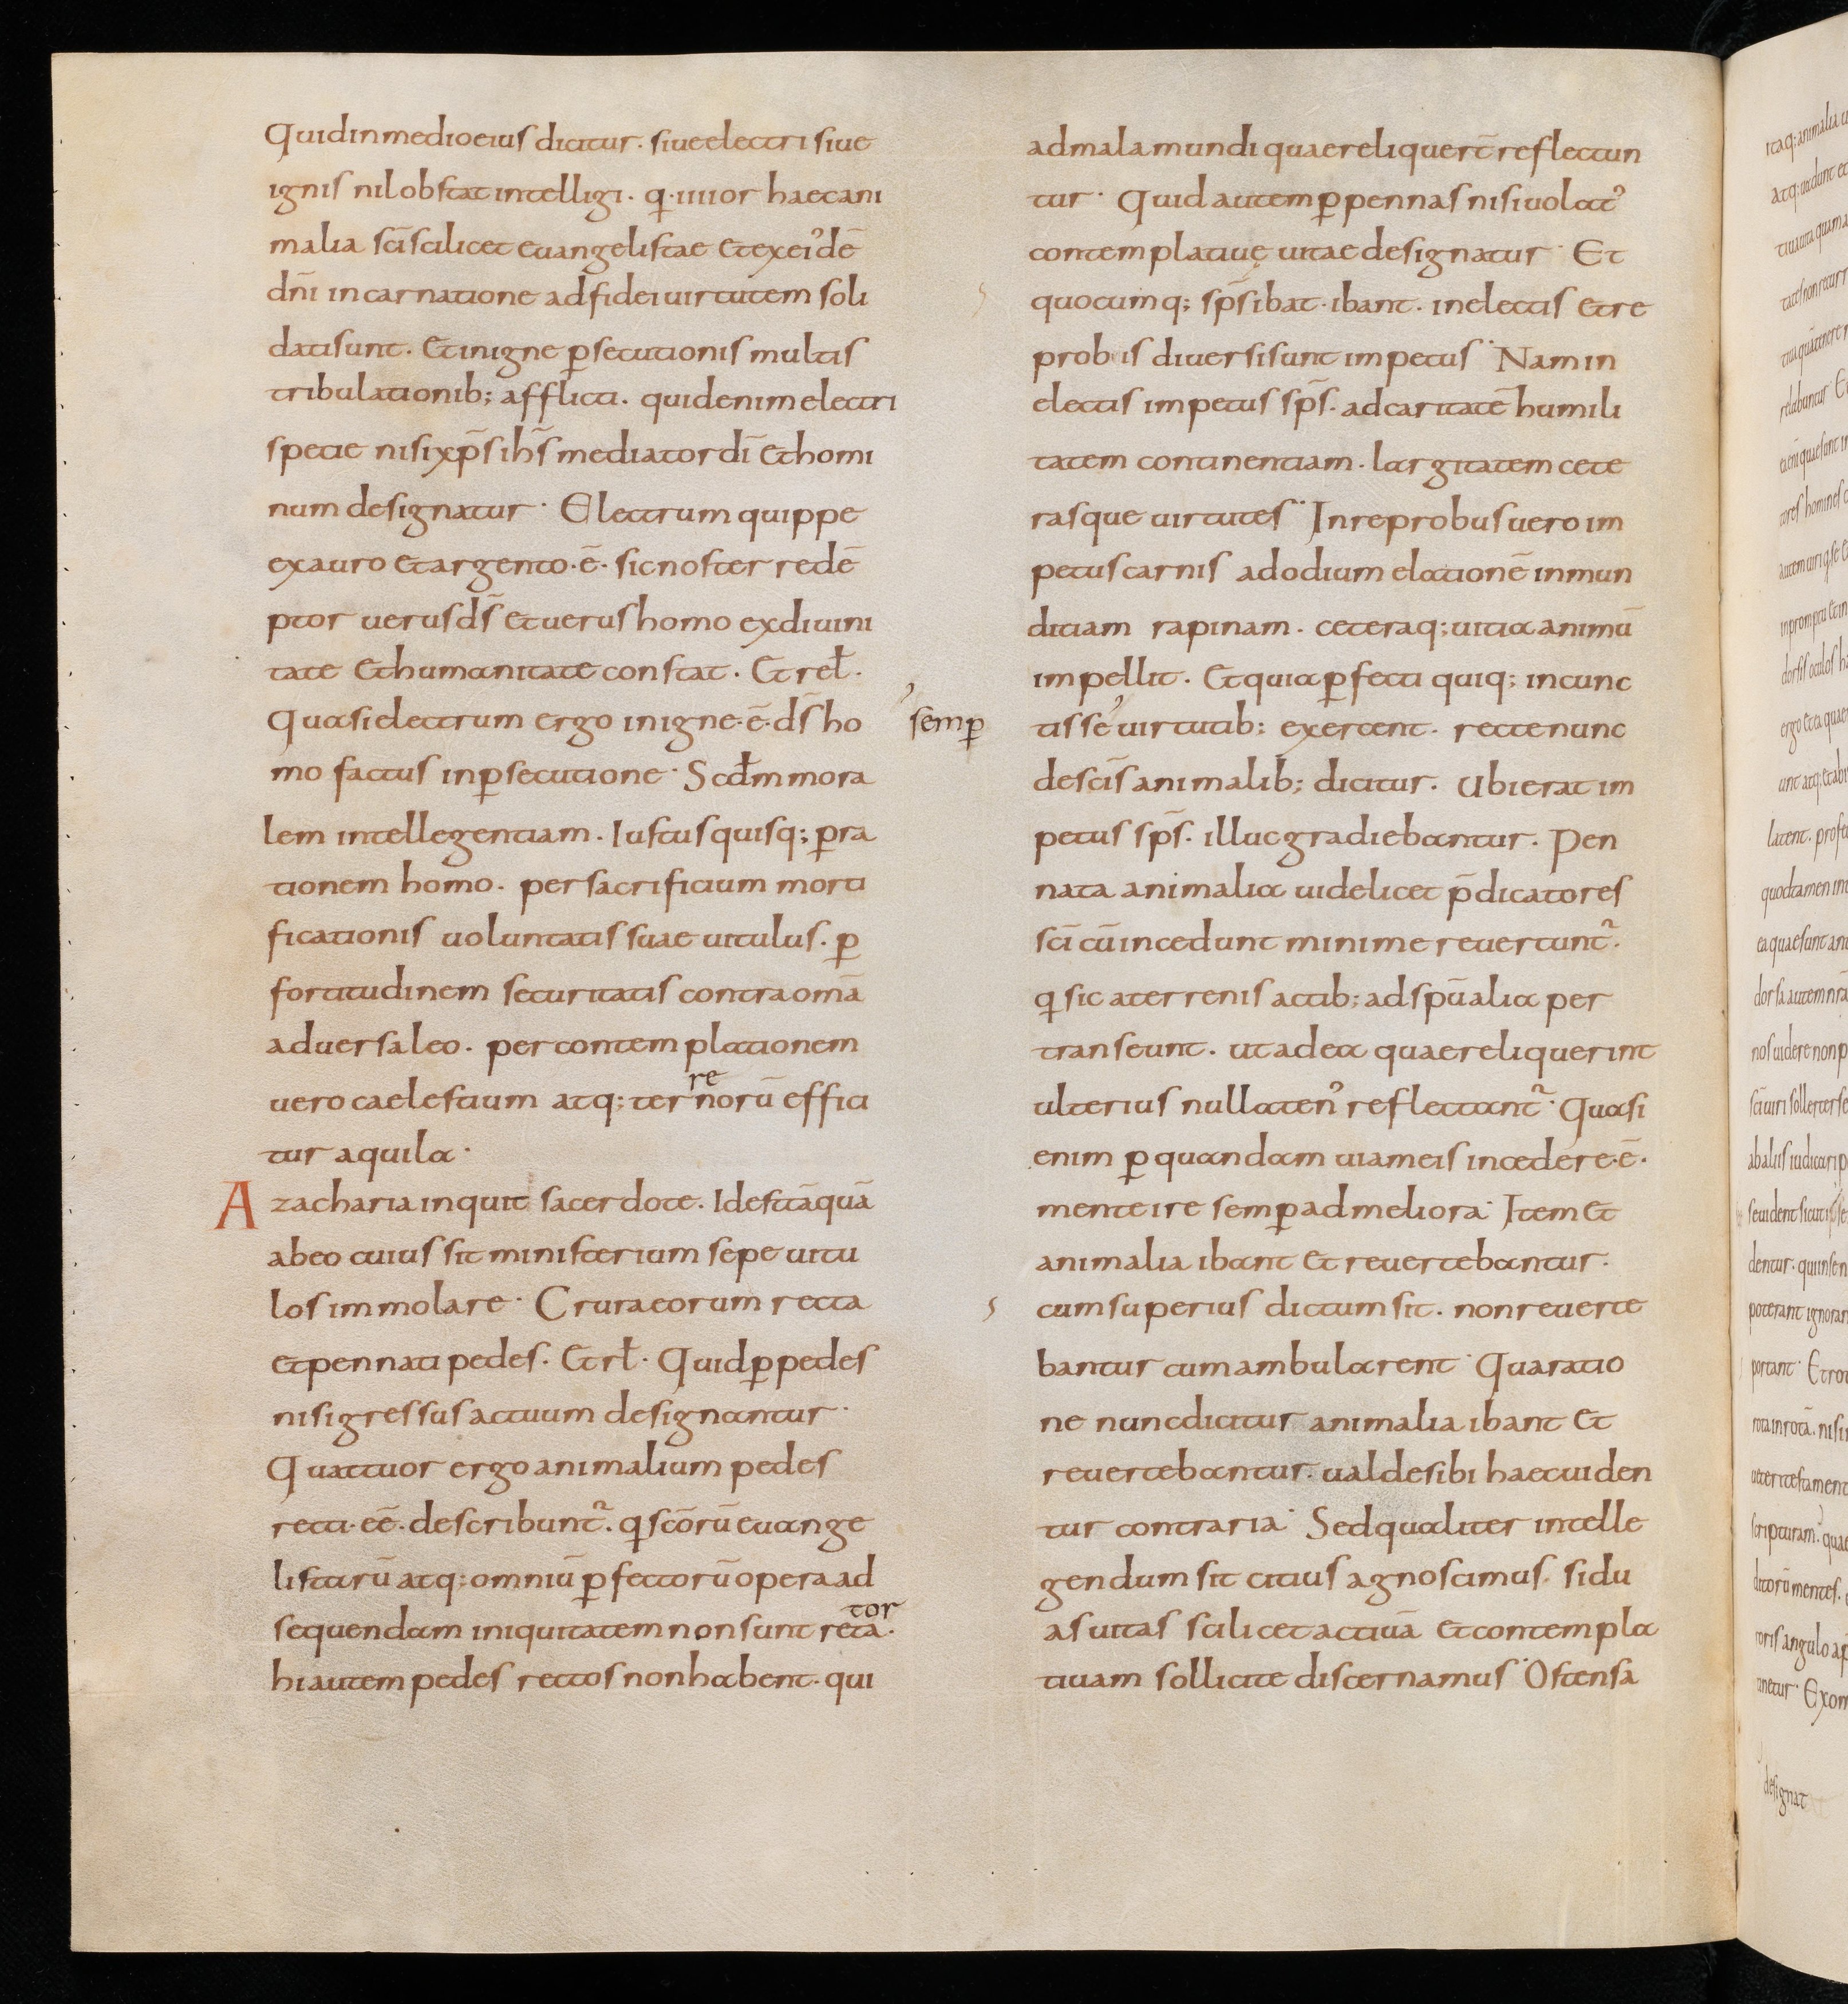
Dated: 867–899